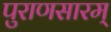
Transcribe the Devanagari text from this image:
पुराणसारम्